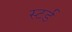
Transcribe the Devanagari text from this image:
स्टर्ड